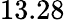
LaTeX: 13.28